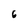
Character: 6